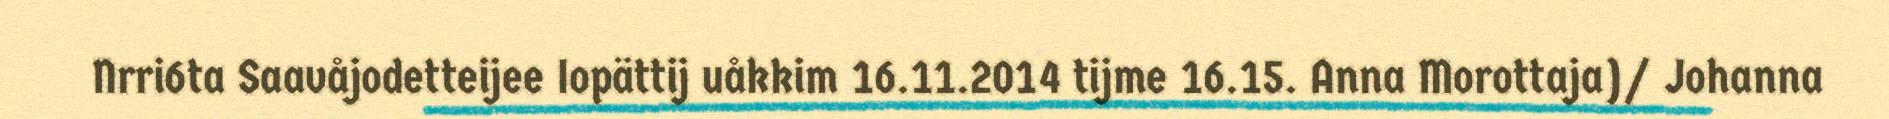
Nrri6ta Saavåjodetteijee Iopättij uåkkim 16.11.2014 tijme 16.15. Anna Morottaja)/ Johanna